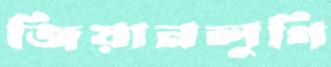
জিয়ানলুগি